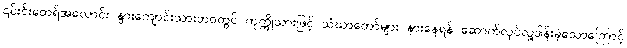
၎င်းင်းထေရ်အလောင်း နွားကျောင်းသားဘဝတွင် ကုက္ကိုသားဖြင့် သံဃာတော်များ နားနေရန် ဆောက်လုပ်လှူဒါန်းခဲ့သောကြောင့်